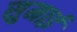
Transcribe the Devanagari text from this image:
सुमाई